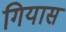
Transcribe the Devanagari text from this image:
गियास